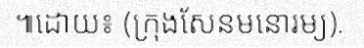
៕ដោយ៖ (ក្រុងសែនមនោរម្យ).